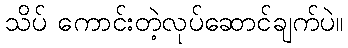
သိပ် ကောင်းတဲ့လုပ်ဆောင်ချက်ပဲ။